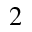
^ 2